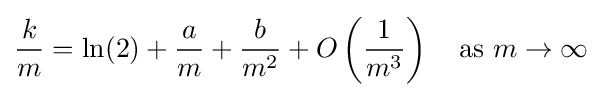
{\frac {k}{m}}=\ln(2)+{\frac {a}{m}}+{\frac {b}{m^{2}}}+O\left({\frac {1}{m^{3}}}\right)\quad {\text{as }}m\rightarrow \infty